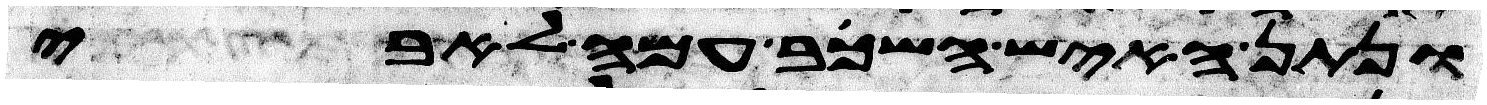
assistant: ונתן האיש השכב עמה לאבי